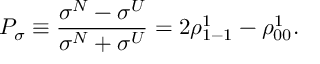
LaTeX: P _ { \sigma } \equiv \frac { \sigma ^ { N } - \sigma ^ { U } } { \sigma ^ { N } + \sigma ^ { U } } = 2 \rho _ { 1 - 1 } ^ { 1 } - \rho _ { 0 0 } ^ { 1 } .